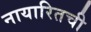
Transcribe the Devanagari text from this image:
नायारितची